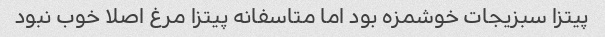
پیتزا سبزیجات خوشمزه بود اما متاسفانه پیتزا مرغ اصلا خوب نبود